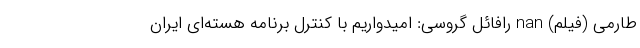
طارمی (فیلم) nan رافائل گروسی: امیدواریم با کنترل برنامه هسته‌ای ایران